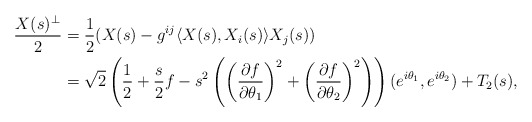
\begin{align*}\frac{X(s)^{\perp}}{2}&=\frac{1}{2}(X(s)-g^{ij}\langle X(s),X_i(s)\rangle X_j(s))\\&=\sqrt{2}\left(\frac{1}{2}+\frac{s}{2}f-s^2\left(\left(\frac{\partial f}{\partial\theta_1}\right)^2+\left(\frac{\partial f}{\partial\theta_2}\right)^2\right)\right)(e^{i\theta_1},e^{i\theta_2})+T_2(s),\end{align*}